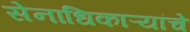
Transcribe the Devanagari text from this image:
सेनाधिकाऱ्यांचे